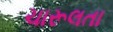
ચારૂલતા